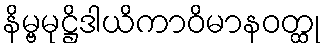
နိမ္ဗမုဋ္ဌိဒါယိကာဝိမာနဝတ္ထု